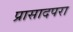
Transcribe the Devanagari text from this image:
प्रासादपरा